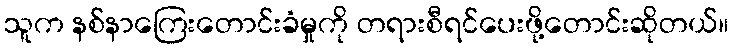
သူက နစ်နာကြေးတောင်းခံမှုကို တရားစီရင်ပေးဖို့တောင်းဆိုတယ်။